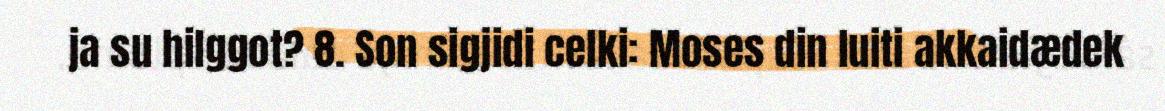
ja su hilggot? 8. Son sigjidi celki: Moses din luiti akkaidædek